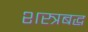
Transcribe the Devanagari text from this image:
शस्त्रबद्ध